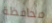
محافظة